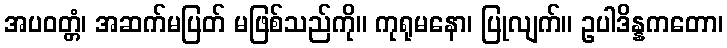
အပဝတ္တံ၊ အဆက်မပြတ် မဖြစ်သည်ကို။ ကုရုမနော၊ ပြုလျက်။ ဥပါဒိန္နကတော၊